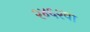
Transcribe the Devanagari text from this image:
२४६२वा